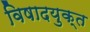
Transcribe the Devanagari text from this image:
विषादयुक्त